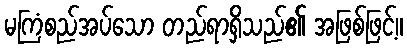
မကြံစည်အပ်သော တည်ရာရှိသည်၏ အဖြစ်ဖြင့်။